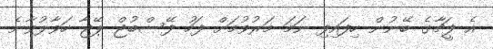
އެ ފީޗާގެ ބޭނުން ހިފައިފި ނަމަ މަރުވުމަށް ފަހު ފޭސްބުޖް ޕޭޖާ ހަވާލުވާނެ